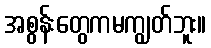
အစွန်းတွေကမကျွတ်ဘူး။